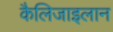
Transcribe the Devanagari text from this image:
कैलिजाइलान